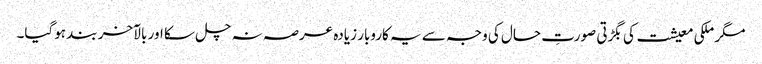
مگر ملکی معیشت کی بگڑتی صورتِ حال کی وجہ سے یہ کاروبار زیادہ عرصہ نہ چل سکا اور بالآخر بند ہوگیا۔